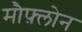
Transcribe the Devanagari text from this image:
मौफ़्लोन